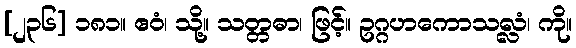
[၂၃၆] ၁၈၁။ ဧဝံ၊ သို့။ သတ္တဓာ၊ ဖြင့်။ ဥဂ္ဂဟကောသလ္လံ၊ ကို။